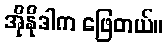
အိုနိုဒါက ဖြေတယ်။